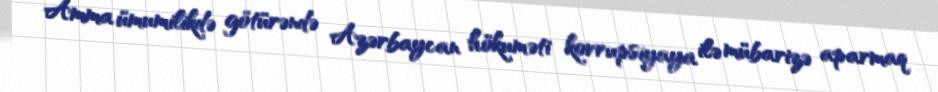
Amma ümumilikdə götürəndə Azərbaycan hökuməti korrupsiyaya ilə mübarizə aparmaq